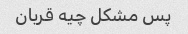
پس مشکل چیه قربان